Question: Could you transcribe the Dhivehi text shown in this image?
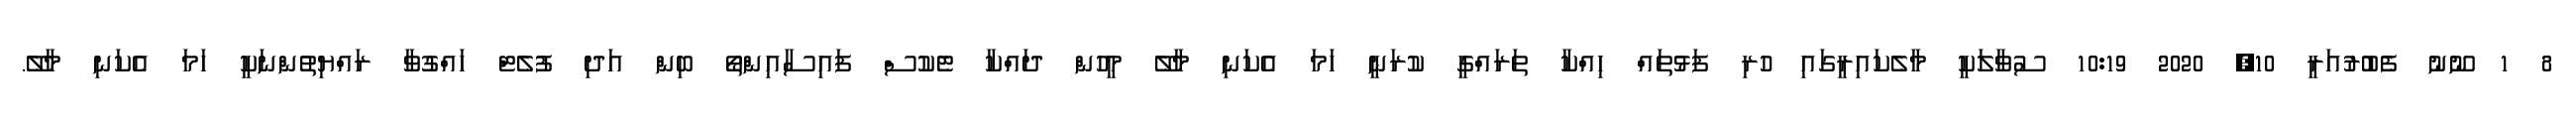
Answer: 8 1 ނޫނު ފެބުރުއަރީ 10, 2020 10:19 ސުވާލަކީ މާލެކައިރީގައި ހުރި ފަޅުތައް ހިއްކާ ތަރައްގީ ކުރަނީ ހަމަ އެކަނި މާލޭ މީހުން ދައްކާ ޓެކުސް ފައިސާއިންތޯ ބިން އަދި ފުލެޓް ހައްގުވާ ރައްޔިތުންނަކީ ހަމަ އެކަނި މާލޭ.